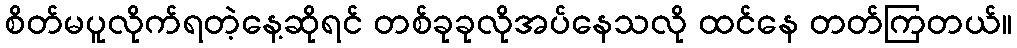
စိတ်မပူလိုက်ရတဲ့နေ့ဆိုရင် တစ်ခုခုလိုအပ်နေသလို ထင်နေ တတ်ကြတယ်။